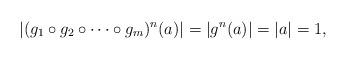
LaTeX: \begin{align*}|(g_1\circ g_2\circ \dotsb\circ g_m)^n(a)|=|g^n(a)|=|a|=1,\end{align*}